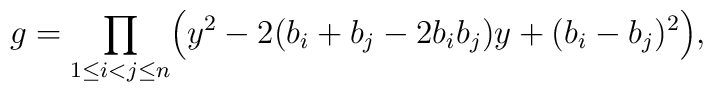
g=\prod_{1\leq i<j\leq n}\Bigl(y^2-2(b_i+b_j-2b_ib_j)y+(b_i-b_j)^2\Bigr),